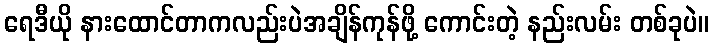
ရေဒီယို နားထောင်တာကလည်းပဲအချိန်ကုန်ဖို့ ကောင်းတဲ့ နည်းလမ်း တစ်ခုပဲ။